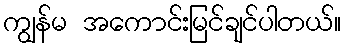
ကျွန်မ အကောင်းမြင်ချင်ပါတယ်။